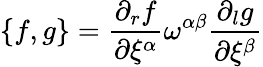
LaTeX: \{ f,g\} =\frac{\partial_{r}f}{\partial\xi^{\alpha}}\omega^{\alpha\beta}\frac{\partial_{l}g}{\partial\xi^{\beta}}